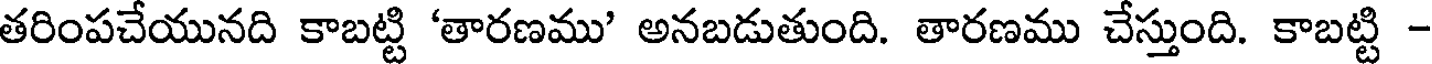
తరింపచేయునది కాబట్టి 'తారణము' అనబడుతుంది. తారణము చేస్తుంది. కాబట్టి -